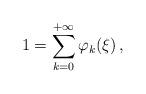
LaTeX: \begin{align*}1 = \sum_{k=0}^{+\infty} \varphi_k(\xi)\, , \end{align*}